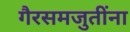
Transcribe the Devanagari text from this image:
गैरसमजुतींना